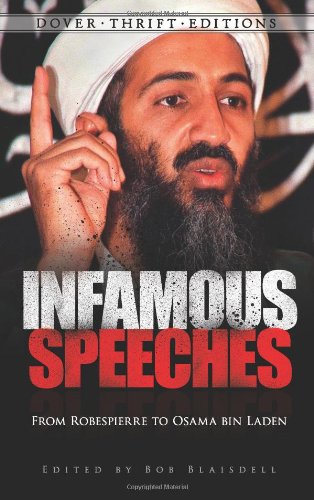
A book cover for Infamous Speeches: From Robespierre to Osama bin Laden (Dover Thrift Editions); Literature & Fiction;